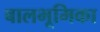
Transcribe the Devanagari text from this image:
बालभूमिका